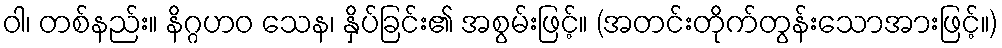
ဝါ၊ တစ်နည်း။ နိဂ္ဂဟဝ သေန၊ နှိပ်ခြင်း၏ အစွမ်းဖြင့်။ (အတင်းတိုက်တွန်းသောအားဖြင့်။)